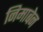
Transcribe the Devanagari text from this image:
निमाबेन